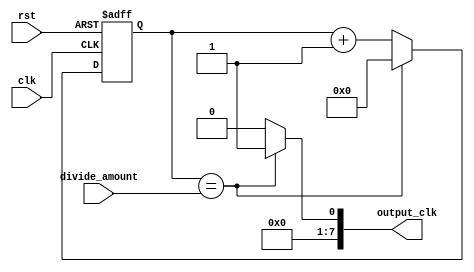
module timing_control_and_synchronization (
    input wire clk,
    input wire rst,
    input wire [7:0] divide_amount,
    output wire [7:0] output_clk
);

reg [7:0] counter;

always @(posedge clk or posedge rst) begin
    if (rst) begin
        counter <= 8'h00;
    end else begin
        if (counter == divide_amount) begin
            counter <= 8'h00;
        end else begin
            counter <= counter + 1;
        end
    end
end

assign output_clk = counter == divide_amount ? 1'b1 : 1'b0;

endmodule